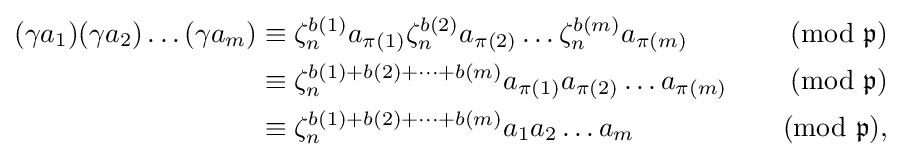
{\begin{aligned}(\gamma a_{1})(\gamma a_{2})\dots (\gamma a_{m})&\equiv {\zeta _{n}^{b(1)}a_{\pi (1)}}{\zeta _{n}^{b(2)}a_{\pi (2)}}\dots {\zeta _{n}^{b(m)}a_{\pi (m)}}&{\pmod {\mathfrak {p}}}\\&\equiv \zeta _{n}^{b(1)+b(2)+\dots +b(m)}a_{\pi (1)}a_{\pi (2)}\dots a_{\pi (m)}&{\pmod {\mathfrak {p}}}\\&\equiv \zeta _{n}^{b(1)+b(2)+\dots +b(m)}a_{1}a_{2}\dots a_{m}&{\pmod {\mathfrak {p}}},\end{aligned}}